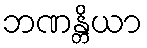
ဘဏန္တိယာ